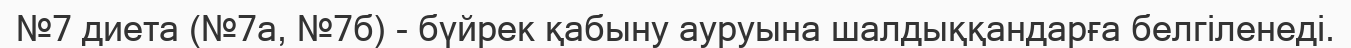
№7 диета (№7а, №7б) - бүйрек қабыну ауруына шалдыққандарға белгіленеді.